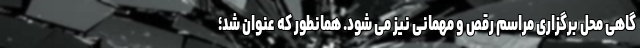
گاهی محل برگزاری مراسم رقص و مهمانی نیز می شود. همانطور که عنوان شد؛